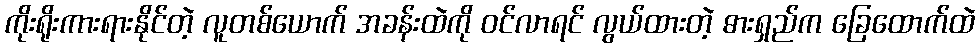
ကိုးရိုးကားရားနိုင်တဲ့ လူတစ်ယောက် အခန်းထဲကို ဝင်လာရင် လွယ်ထားတဲ့ ဓားရှည်က ခြေထောက်ထဲ